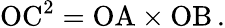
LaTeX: \mathrm{OC}^{2}=\mathrm{OA}\times\mathrm{OB}\, .